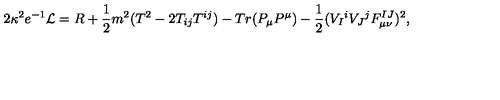
2 \kappa ^ { 2 } e ^ { - 1 } { \cal L } = R + { \frac { 1 } { 2 } } m ^ { 2 } ( T ^ { 2 } - 2 T _ { i j } T ^ { i j } ) - T r ( P _ { \mu } P ^ { \mu } ) - { \frac { 1 } { 2 } } ( V _ { I } { } ^ { i } V _ { J } { } ^ { j } F _ { \mu \nu } ^ { I J } ) ^ { 2 } ,